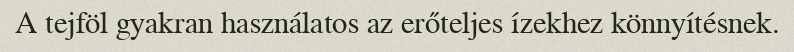
A tejföl gyakran használatos az erőteljes ízekhez könnyítésnek.